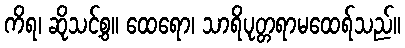
ကိရ၊ ဆိုသင့်စွ။ ထေရော၊ သာရိပုတ္တရာမထေရ်သည်။